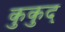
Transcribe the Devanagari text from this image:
कुकुद्